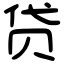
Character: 贷